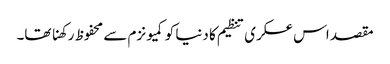
مقصد اس عسکری تنظیم کا دنیا کو کمیونزم سے محفوظ رکھنا تھا۔